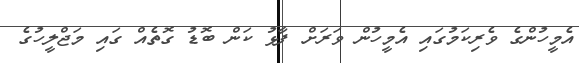
އެމީހުންގެ ވެރިކަމުގައި އެމީހުން ވަރަށް ފާޅު ކަން ބޮޑު ގޮތެއް ގައި މަޖްލީހުގެ